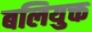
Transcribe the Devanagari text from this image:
बलियुक्त